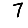
Digit: 7